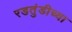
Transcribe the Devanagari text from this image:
रडतुंडीच्या